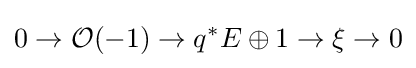
0\to {\mathcal {O}}(-1)\to q^{*}E\oplus 1\to \xi \to 0